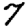
Digit: 7